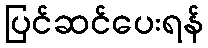
ပြင်ဆင်ပေးရန်